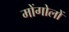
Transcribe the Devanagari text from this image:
मोंगोलों